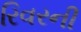
રિવરની